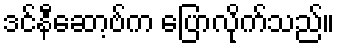
ဒင်နီဆော့ဗ်က ပြောလိုက်သည်။